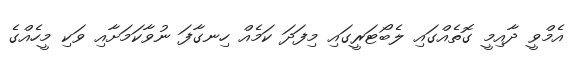
އެމްވީ ދާއިމީ ގޮތެއްގައި ލެބޯޓަރީގައި މިފަދަ ކަމެއް ހިނގާފަ ނުވާކަމަށާއި ވަކި މީހެއްގެ